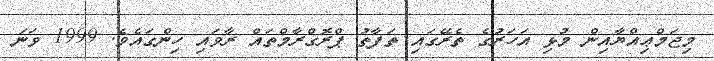
މިޖަމްޢިއްޔާއިން މުޅި އަހަރުގެ ތެރޭގައި ތަފާތު ޕްރޮގްރާމްތައް ރާވައި ހިންގައެވެ. 1999 ވަނަ